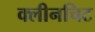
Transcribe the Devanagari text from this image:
क्लीनचिट